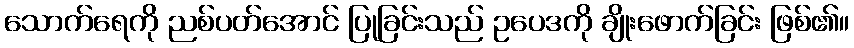
သောက်ရေကို ညစ်ပတ်အောင် ပြုခြင်းသည် ဥပေဒကို ချိုးဖောက်ခြင်း ဖြစ်၏။